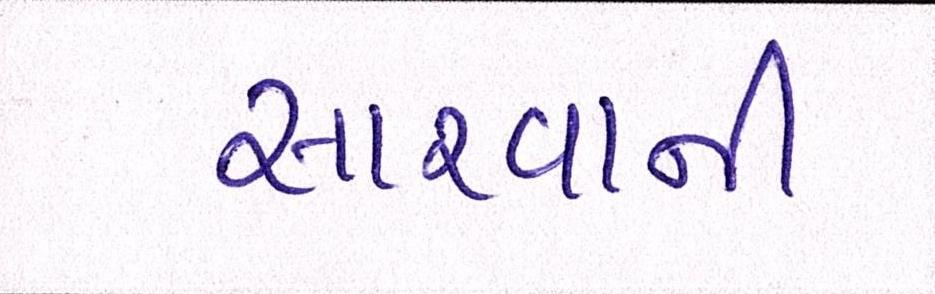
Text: સારવાની